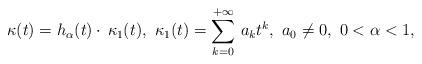
LaTeX: \begin{align*}\kappa(t) = h_{\alpha}(t) \cdot \, \kappa_1(t),\ \kappa_1(t)=\sum_{k=0}^{+\infty}\, a_k t^k, \ a_0 \not = 0,\ 0<\alpha <1,\end{align*}